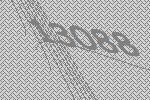
13088